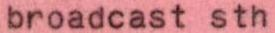
broadcast sth